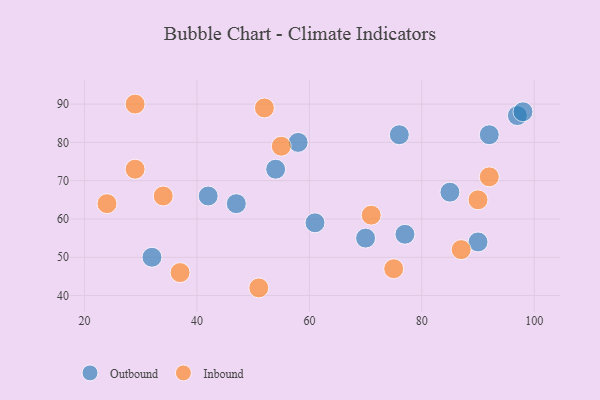
{"axis": {"x": "GDP", "y": "Life Expectancy"}, "legend": ["Inbound", "Outbound"], "data": [{"x": "70", "y": 55, "type": "Outbound"}, {"x": "92", "y": 82, "type": "Outbound"}, {"x": "90", "y": 54, "type": "Outbound"}, {"x": "97", "y": 87, "type": "Outbound"}, {"x": "32", "y": 50, "type": "Outbound"}, {"x": "77", "y": 56, "type": "Outbound"}, {"x": "47", "y": 64, "type": "Outbound"}, {"x": "54", "y": 73, "type": "Outbound"}, {"x": "85", "y": 67, "type": "Outbound"}, {"x": "58", "y": 80, "type": "Outbound"}, {"x": "42", "y": 66, "type": "Outbound"}, {"x": "61", "y": 59, "type": "Outbound"}, {"x": "98", "y": 88, "type": "Outbound"}, {"x": "76", "y": 82, "type": "Outbound"}, {"x": "71", "y": 61, "type": "Inbound"}, {"x": "37", "y": 46, "type": "Inbound"}, {"x": "52", "y": 89, "type": "Inbound"}, {"x": "90", "y": 65, "type": "Inbound"}, {"x": "24", "y": 64, "type": "Inbound"}, {"x": "51", "y": 42, "type": "Inbound"}, {"x": "55", "y": 79, "type": "Inbound"}, {"x": "75", "y": 47, "type": "Inbound"}, {"x": "87", "y": 52, "type": "Inbound"}, {"x": "34", "y": 66, "type": "Inbound"}, {"x": "92", "y": 71, "type": "Inbound"}, {"x": "29", "y": 73, "type": "Inbound"}, {"x": "29", "y": 90, "type": "Inbound"}]}